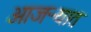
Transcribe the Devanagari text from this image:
आजऱ्यात